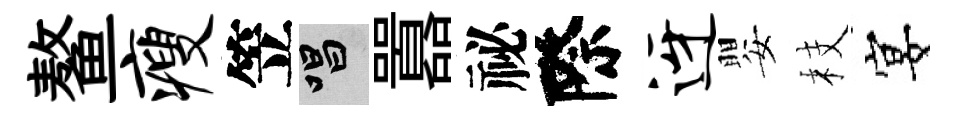
鳌瘦笠唱囂祕際迓嬰枝宴